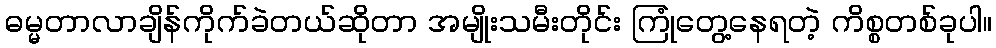
ဓမ္မတာလာချိန်ကိုက်ခဲတယ်ဆိုတာ အမျိုးသမီးတိုင်း ကြုံတွေ့နေရတဲ့ ကိစ္စတစ်ခုပါ။